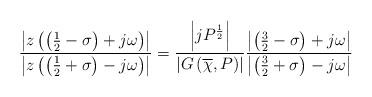
LaTeX: \begin{align*}\frac{\left| z\left(\left(\frac{1}{2}-\sigma\right) + j\omega\right)\right|}{\left|z\left(\left(\frac{1}{2}+\sigma\right) - j\omega \right)\right|} = \frac{\left|j P^{\frac{1}{2}}\right|}{\left|G\left(\overline{\chi},P\right)\right|} \frac{\left|\left(\frac{3}{2}-\sigma\right) + j\omega\right|}{\left|\left(\frac{3}{2}+\sigma\right) - j\omega\right|}\end{align*}